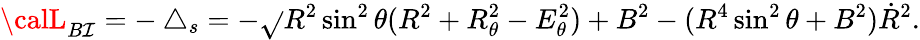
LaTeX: {\calL}_{B\mathcal{I}}=-\bigtriangleup_{s}=-\sqrt{}{{R^{2}\sin^{2}\theta(R^{2}+R_{\theta}^{2}-E_{\theta}^{2})+B^{2}-(R^{4}\sin^{2}\theta+B^{2})\dot{{R}}^{2}}}.